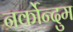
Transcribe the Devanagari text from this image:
नर्कोन्दुम